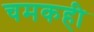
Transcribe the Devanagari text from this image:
चमकही